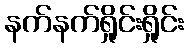
နက်နက်ရှိုင်းရှိုင်း